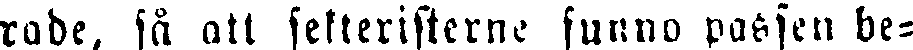
rade, så att sekteristene funno passen be-